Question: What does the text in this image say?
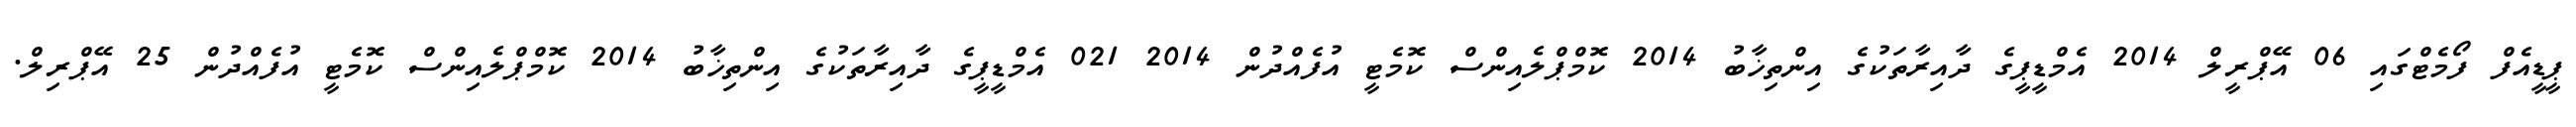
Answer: ޕީޑީއެފް ފޯމެޓްގައި 06 އޭޕްރީލް 2014 އެމްޑީޕީގެ ދާއިރާތަކުގެ އިންތިޚާބު 2014 ކޮމްޕްލެއިންސް ކޮމެޓީ އުފެއްދުން 2014 021 އެމްޑީޕީގެ ދާއިރާތަކުގެ އިންތިޚާބު 2014 ކޮމްޕްލެއިންސް ކޮމެޓީ އުފެއްދުން 25 އޭޕްރިލް.